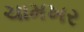
ચામખર